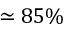
\simeq 8 5 \%